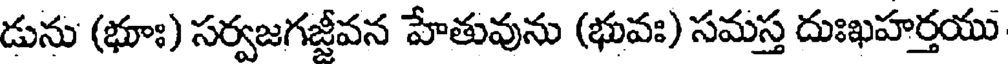
డును (భూః) సర్వజగజ్జీవన హేతువును (భువః) సమస్త దుఃఖహర్తయు